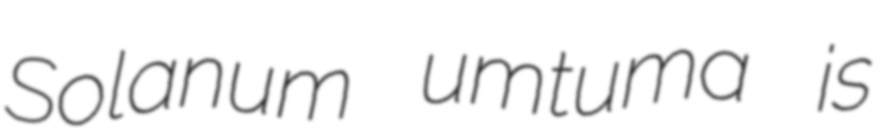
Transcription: Solanum umtuma is